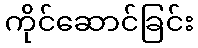
ကိုင်ဆောင်ခြင်း